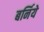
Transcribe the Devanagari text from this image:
बर्निये